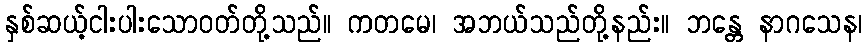
နှစ်ဆယ့်ငါးပါးသောဝတ်တို့သည်။ ကတမေ၊ အဘယ်သည်တို့နည်း။ ဘန္တေ နာဂသေန၊